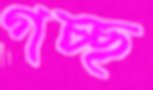
গচ্ছ